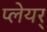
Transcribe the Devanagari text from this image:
प्लेयर्